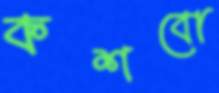
কশবো